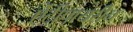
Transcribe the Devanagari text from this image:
ऐंटीपायरीन